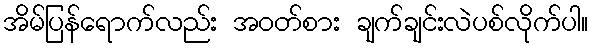
အိမ်ပြန်ရောက်လည်း အဝတ်စား ချက်ချင်းလဲပစ်လိုက်ပါ။